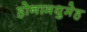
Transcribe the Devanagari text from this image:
होनामधुमेह